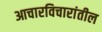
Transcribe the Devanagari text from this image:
आचारविचारांतील